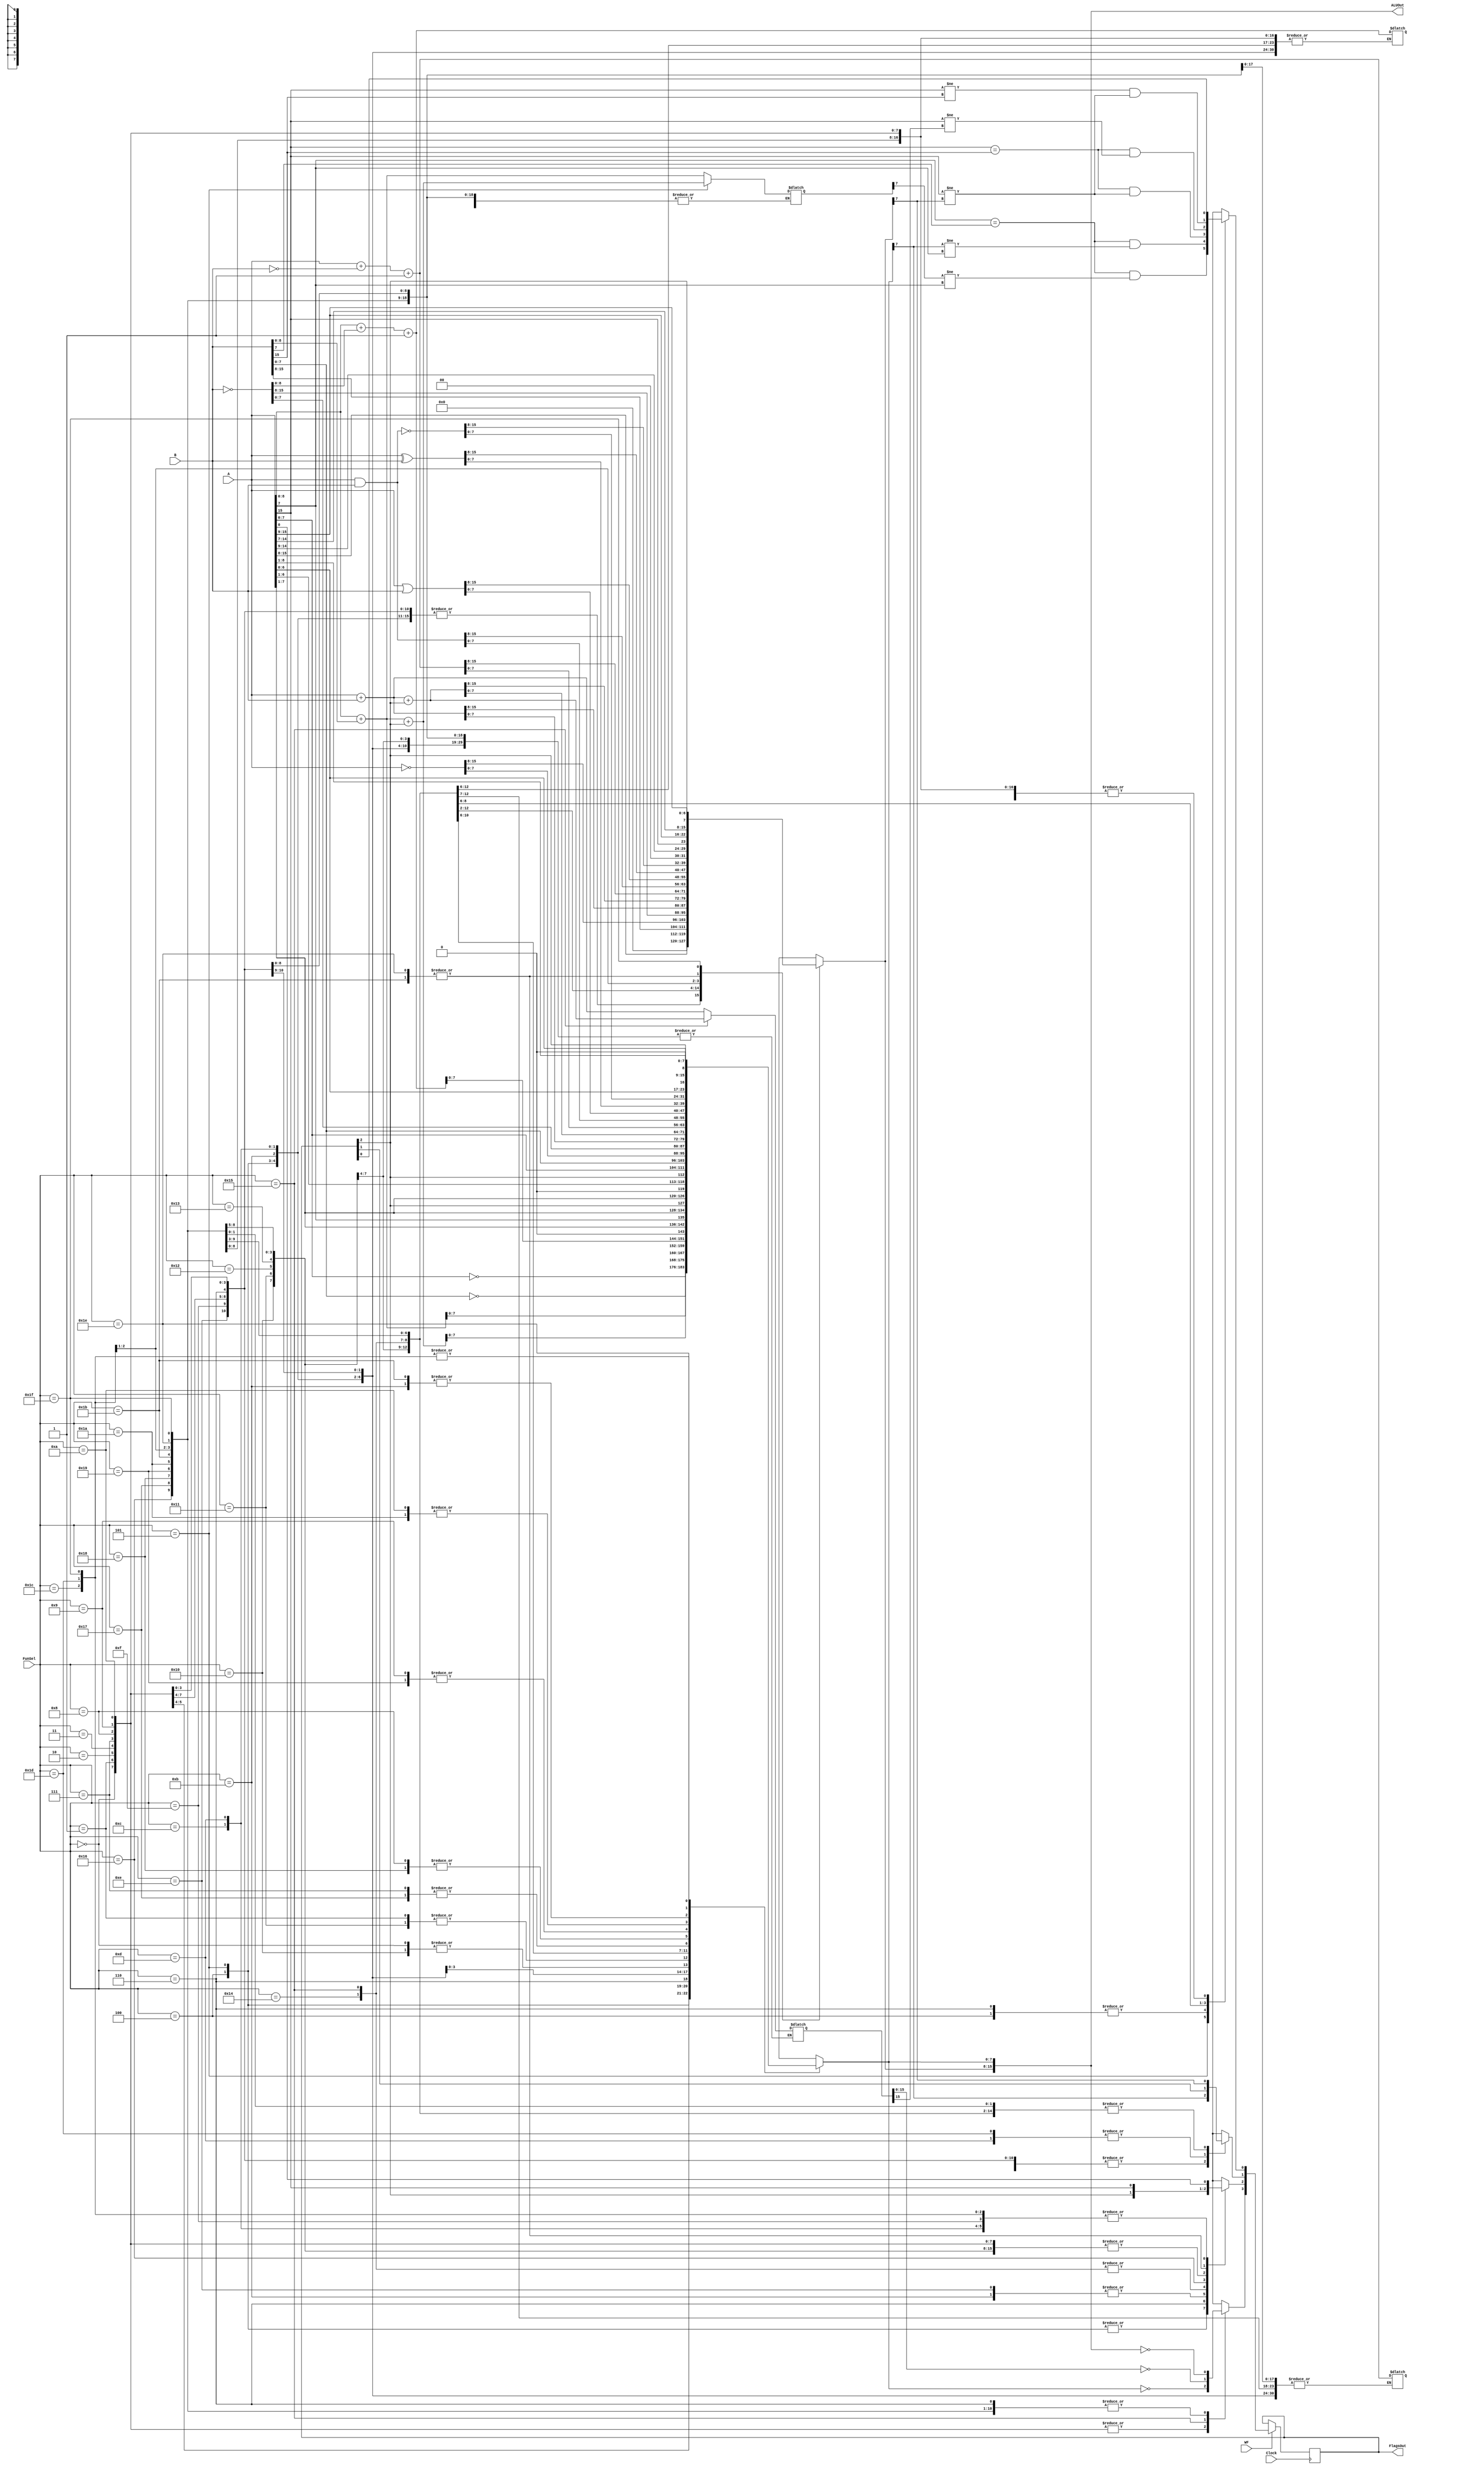
`timescale 1ns / 1ps
//////////////////////////////////////////////////////////////////////////////////
// Company: 
// Engineer: 
// 
// Design Name: 
// Module Name: register
// Project Name: 
// Target Devices: 
// Tool Versions: 
// Description: 
// 
// Dependencies: 
// 
// Revision:
// Revision 0.01 - File Created
// Additional Comments:
// 
//////////////////////////////////////////////////////////////////////////////////

module ArithmeticLogicUnit(
    input wire[15:0] A, B,
    input wire[4:0] FunSel,
    input wire WF,
    input wire Clock,
    output reg[15:0] ALUOut,
    output reg[3:0] FlagsOut
    
    
 );

reg [16:0] Temp_ALU, comp, Sub;
reg [8:0] Temp_ALU1, comp1, Sub1;
reg [3:0] FlagsOut_temp;


always @* begin 
            case(FunSel) 
            //Copy A to ALUOut
            5'b00000: begin
                ALUOut[15:8] = 8'b0;
                ALUOut[7:0] = A[7:0];
            end
            //Copy B to ALUOut
            5'b00001: begin
                ALUOut[15:8]  = 8'b0;
                ALUOut[7:0]  = B[7:0];
            end
            
            //Bitwise NOT A
            5'b00010: begin
                ALUOut[15:8]  = 8'b0;
                ALUOut[7:0]  = ~A[7:0];
            end
            
            //Bitwise NOT B
            5'b00011: begin
                ALUOut[15:8]  = 8'b0;
                ALUOut[7:0]  = ~B[7:0];
            end
            
            //Addition A + B
            5'b00100: begin
                ALUOut[15:8]  = 8'b0;
                Temp_ALU1 = A + B;
                ALUOut[7:0]  = Temp_ALU1[7:0];
            end
            
            //Addition A + B + C
            5'b00101: begin
                ALUOut[15:8]  = 8'b0;
                Temp_ALU1 = A + B + FlagsOut[2];
                ALUOut[7:0]  = Temp_ALU1[7:0];
                
            end
            //Subtraction A - B
            5'b00110: begin
                ALUOut[15:8]  = 8'b0;
                comp1 = ~B;
                Sub1 = A + comp1 + 1'b1;
                ALUOut[7:0]  = Sub1[7:0];
            end
            
            //Bitwise AND A & B
            5'b00111: begin
                ALUOut[15:8]  = 8'b0;
                ALUOut[7:0]  = A & B;

            end
            
            //Bitwise OR A | B
            5'b01000: begin
                ALUOut[15:8]  = 8'b0;
                ALUOut[7:0]  = A | B;

            end
            
            //Bitwise XOR A ^ B
            5'b01001: begin
                ALUOut[15:8]  = 8'b0;
                ALUOut[7:0]  = A ^ B;

            end
            
            //Bitwise NAND ~(A & B)
            5'b01010: begin
                ALUOut[15:8]  = 8'b0;
                ALUOut[7:0]  = ~(A & B);

            end
            
            //Logical Shift Left (LSL) A
            5'b01011: begin 
                ALUOut[15:8]  = 8'b0;
                ALUOut[7:0] = {A[6:0], 1'b0};

            end
            
            //Logical Shift Right (LSR) A
            5'b01100: begin
                ALUOut[15:8]  = 8'b0;
                ALUOut[7:0]  = {1'b0, A[7:1]};
            end
            
            //Arithmetic Shift Right (ASR) A
            5'b01101: begin
                ALUOut[15:8]  = 8'b0;
                ALUOut[7:0] = {A[7], A[7:1]};
            end
            
            //Circular Shift Left (CSL) A
            5'b01110: begin
                ALUOut[15:8]  = 8'b0;
                ALUOut[7:0] = {FlagsOut[2], A[7:1]};     
            end
            //Circular Shift Right (CSR) A   
            5'b01111: begin
                 ALUOut[15:8]  = 8'b0;
                 ALUOut[7:0] = {A[6:1], FlagsOut[2]};
            end
            //Copy A to ALUOut
            5'b10000: begin
                ALUOut = A;
                
            end
            //Copy B to ALUOut
            5'b10001:  begin
                ALUOut = B;
            end
            //Bitwise NOT A
            5'b10010: begin
                ALUOut = ~A;
            end
            //Bitwise NOT B
            5'b10011: begin
                ALUOut = ~B;
            end
            //Addition A + B
            5'b10100: begin
                Temp_ALU = A + B;
                ALUOut[15:0] = Temp_ALU[15:0];
            end
            //Addition A + B +C
            5'b10101: begin
                Temp_ALU = A + B + FlagsOut[2];
                ALUOut[15:0] = Temp_ALU[15:0];
                
            end
            //Subtraction A - B
            5'b10110:  begin 
                comp = ~B;
                Sub = A + comp + 1'b1;
                ALUOut[15:0] = Sub[15:0];
            end 
            //Bitwise A AND B 
            5'b10111: begin
               ALUOut = A & B;

            end
            //Bitwise A OR B 
            5'b11000: begin
                ALUOut = A | B;
            end
            //Bitwise A XOR B 
            5'b11001: begin
                ALUOut = A ^ B;
            end
            //Bitwise A NAND B 
            5'b11010: begin
                ALUOut = ~(A & B);
            end
            5'b11011: begin // LSL A
                ALUOut = {A[14:0], 1'b0};
            end
            5'b11100: begin //LSR A
                ALUOut = {1'b0, A[14:1]};
            end
            5'b11101: begin //ASR A
                ALUOut = {A[15], A[15:1]};
            end
            5'b11110: begin //CSL
                ALUOut = {A[14:0], FlagsOut[2]};
            end
            5'b11111: begin //CSR
                ALUOut = {FlagsOut[2], A[15:1]};
            end
        endcase
    end
    always @(posedge Clock) begin
        if(WF) begin
            case(FunSel)
                5'b00000: begin
                FlagsOut[1] = (ALUOut[7]==1); //N
                FlagsOut[3] = (ALUOut[7:0] == 8'b0); //Z
            end
            5'b00001: begin
                FlagsOut[1] = (ALUOut[7]==1); //N
                FlagsOut[3] = (ALUOut[7:0] == 8'b0); //Z
            end
            
            // Case 00010: Bitwise NOT A
            5'b00010: begin
                FlagsOut[1] = (ALUOut[7]==1); //N
                FlagsOut[3] = (ALUOut[7:0] == 8'b0); //Z
            end
            
            // Case 00011: Bitwise NOT B
            5'b00011: begin
                FlagsOut[1] = (ALUOut[7]==1); //N
                FlagsOut[3] = (ALUOut[7:0] == 8'b0); //Z
            end
            
            // Case 00100: Addition A + B
            5'b00100: begin
                FlagsOut[3] = (ALUOut == 8'b0); //Z
                FlagsOut[2] = (Temp_ALU1[8]==1); // C
                FlagsOut[1] = (ALUOut[7]==1); // N
                FlagsOut[0] = (A[7] == B[7]) && (ALUOut[7] != A[7]); // Overflow if sign of A and B are same and different from result
            end
            //Addition A + B +C
            5'b00101: begin
                FlagsOut[3] = (ALUOut == 8'b0); //Z
                FlagsOut[2] = (Temp_ALU1[8] ==1); //C
                FlagsOut[1] = (ALUOut[7]==1); //N
                FlagsOut[0] = (A[7] == B[7]) && (Temp_ALU1[7] != A[7]); //O
                
            end
            
            //Subtraction A - B
            5'b00110: begin
            FlagsOut[3] = (ALUOut == 8'b0); //Z
            FlagsOut[2] = (Sub1[8]==1); // C
            FlagsOut[1] = (ALUOut[7]==1); // N
            FlagsOut[0] = (A[7] == B[7]) && (ALUOut[7] != A[7]); // Overflow if sign of A and B are same and different from result
            end
            
            //Bitwise AND A & B
            5'b00111: begin
                FlagsOut[1] = (ALUOut[7]==1); //N
                FlagsOut[3] = (ALUOut[7:0] == 8'b0); //Z
            end
            
            //Bitwise OR A | B
            5'b01000: begin
                FlagsOut[1] = (ALUOut[7]==1); //N
                FlagsOut[3] = (ALUOut[7:0] == 8'b0); //Z
            end
            
            //Bitwise XOR A ^ B
            5'b01001: begin
                FlagsOut[1] = (ALUOut[7]==1); //N
                FlagsOut[3] = (ALUOut[7:0] == 8'b0); //Z
            end
            
            //Bitwise NAND ~(A & B)
            5'b01010: begin
                FlagsOut[1] = (ALUOut[7]==1); //N
                FlagsOut[3] = (ALUOut[7:0] == 8'b0); //Z
            end
            
            //Logical Shift Left (LSL) A
            5'b01011: begin 
                FlagsOut[3] = (ALUOut == 8'b0); //Z
                FlagsOut[2] = (A[7]==1); //C
                FlagsOut[1] = (ALUOut[7]==1); //N
            end
            
            //Logical Shift Right (LSR) A
            5'b01100: begin
                FlagsOut[3]  = (ALUOut == 8'b0); //Z
                FlagsOut[2] = (A[0]==1); //C
                FlagsOut[1] = (ALUOut[7]==1); //N
            end
            
            //Arithmetic Shift Right (ASR) A
            5'b01101: begin
                FlagsOut[3] = (ALUOut == 8'b0); //Z
                FlagsOut[2] = A[0]; //C
            end
            
            //Circular Shift Left (CSL) A
            5'b01110: begin
                FlagsOut[3] = (ALUOut == 8'b0);
                FlagsOut[2] = A[7];
                FlagsOut[1] = (ALUOut[7]==1);
            end
            5'b01111: begin //Circular Shift Right (CSR) A
                 FlagsOut[3] = (ALUOut == 8'b0);
                 FlagsOut[2] = A[0];
                 FlagsOut[1] = (ALUOut[7]==1);
            end
            
    
            5'b10000: begin
                FlagsOut[3] = (ALUOut == 16'b0); //Z
                FlagsOut[1] = (ALUOut[15]==1); // C
            end
            5'b10001:  begin
                FlagsOut[3] = (ALUOut == 16'b0); //Z
                FlagsOut[1] = (ALUOut[15]==1); // C
            end
            5'b10010: begin
                FlagsOut[3] = (ALUOut == 16'b0); //Z
                FlagsOut[1] = (ALUOut[15]==1); // C
            end
            5'b10011: begin
                FlagsOut[3] = (ALUOut == 16'b0); //Z
                FlagsOut[1] = (ALUOut[15]==1); // C
            end
            //A+B
            5'b10100: begin
                FlagsOut[3] = (ALUOut == 16'b0); //Z
                FlagsOut[2] = (Temp_ALU[16] == 1'b1); // C
                FlagsOut[1] = (ALUOut[15]==1); //N 
                FlagsOut[0] = (A[15] == B[15]) && (A[15] != ALUOut[15]); // O
            end
            //A+B+C
            5'b10101: begin
                FlagsOut[3] = (Temp_ALU[15:0] == 16'b0);
                FlagsOut[2] = (Temp_ALU[16]==1);
                FlagsOut[1] = (ALUOut[15]==1);
                FlagsOut[0] = (A[15] == B[15]) && (A[15] != Temp_ALU[15]);
            end
            //A-B
            5'b10110:  begin
                FlagsOut[3] = (ALUOut == 16'b0);
                FlagsOut[2] = (Sub[16]==1); // Check if borrow occurred
                FlagsOut[1] = (ALUOut[15]==1); // Sign bit of the result
                FlagsOut[0] = (A[15] != B[15]) && (A[15] != ALUOut[15]); // Overflow if signs of A and B are different and different from result
            end 
            5'b10111: begin
               FlagsOut[3] = (ALUOut == 16'b0); //Z
               FlagsOut[1] = (ALUOut[15]==1); // N
            end
            5'b11000: begin
               FlagsOut[3] = (ALUOut == 16'b0); //Z
               FlagsOut[1] = (ALUOut[15]==1); // N
            end
            5'b11001: begin
               FlagsOut[3] = (ALUOut == 16'b0); //Z
               FlagsOut[1] = (ALUOut[15]==1); // N
            end
            5'b11010: begin
               FlagsOut[3] = (ALUOut == 16'b0); //Z
               FlagsOut[1] = (ALUOut[15]==1); // N
            end
            5'b11011: begin //LSL A
               FlagsOut[3] = (ALUOut == 16'b0); //Z
               FlagsOut[2] = (A[15]==1); //C
               FlagsOut[1] = (ALUOut[15]==1); // N
            end
            5'b11100: begin //LSR A
                FlagsOut[3]  = (ALUOut == 16'b0);
                FlagsOut[2] = (A[0]==1);
                FlagsOut[1] = (ALUOut[15]==1); 
            end
            5'b11101: begin //ASR
                FlagsOut[3] = (ALUOut == 16'b0);
                FlagsOut[2] = A[0];
            end
            5'b11110: begin //CSL
                FlagsOut[3] = (ALUOut == 16'b0);
                FlagsOut[2] = A[15];
                FlagsOut[1] = (ALUOut[15]==1);
            end
            5'b11111: begin //CSR
                FlagsOut[3] = (ALUOut == 16'b0);
                FlagsOut[2] = A[0];
                FlagsOut[1] = (ALUOut[15]==1);
            end
        endcase
    end
    end
endmodule